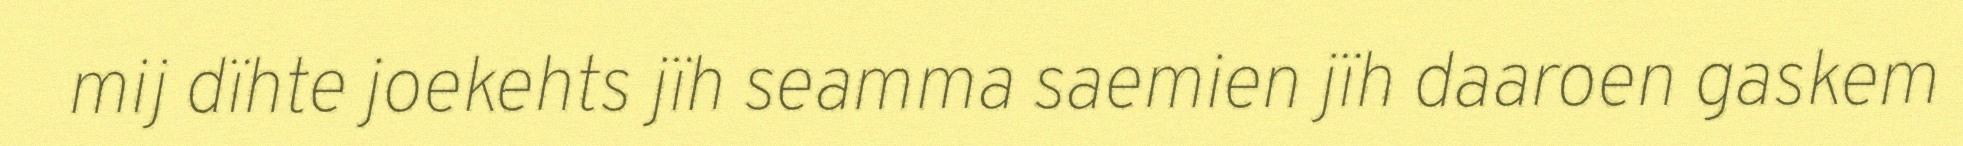
mij dïhte joekehts jïh seamma saemien jïh daaroen gaskem